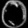
Digit: ၀